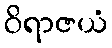
ဝိရာဇယံ